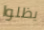
يظلوا